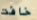
خافت